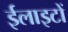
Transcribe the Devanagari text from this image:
ईलाइटों